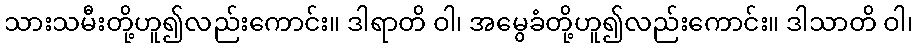
သားသမီးတို့ဟူ၍လည်းကောင်း။ ဒါရာတိ ဝါ၊ အမွေခံတို့ဟူ၍လည်းကောင်း။ ဒါသာတိ ဝါ၊